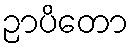
ဉာပိတော